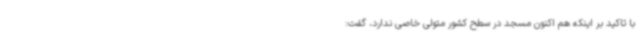
با تاکید بر اینکه هم اکنون مسجد در سطح کشور متولی خاصی ندارد، گفت: